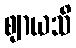
ဈာယသိ